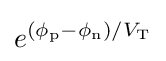
e^{(\phi _{\text{p}}-\phi _{\text{n}})/V_{\text{T}}}